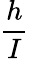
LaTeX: \frac{h}{I}